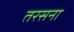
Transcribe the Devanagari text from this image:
तरसना